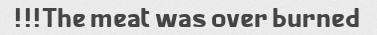
The meat was over burned!!!